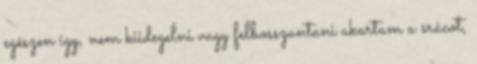
egészen így, nem kiidegelni vagy felbosszantani akartam a srácot,